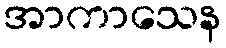
အာကာသေန